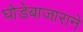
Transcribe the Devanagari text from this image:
घोडेबाजाराने